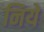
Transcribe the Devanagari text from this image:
निये